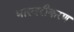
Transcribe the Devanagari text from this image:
भास्वरीकरण